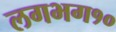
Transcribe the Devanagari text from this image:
लगभग१०